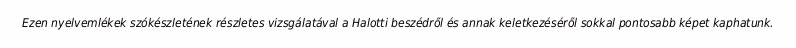
Ezen nyelvemlékek szókészletének részletes vizsgálatával a Halotti beszédről és annak keletkezéséről sokkal pontosabb képet kaphatunk.